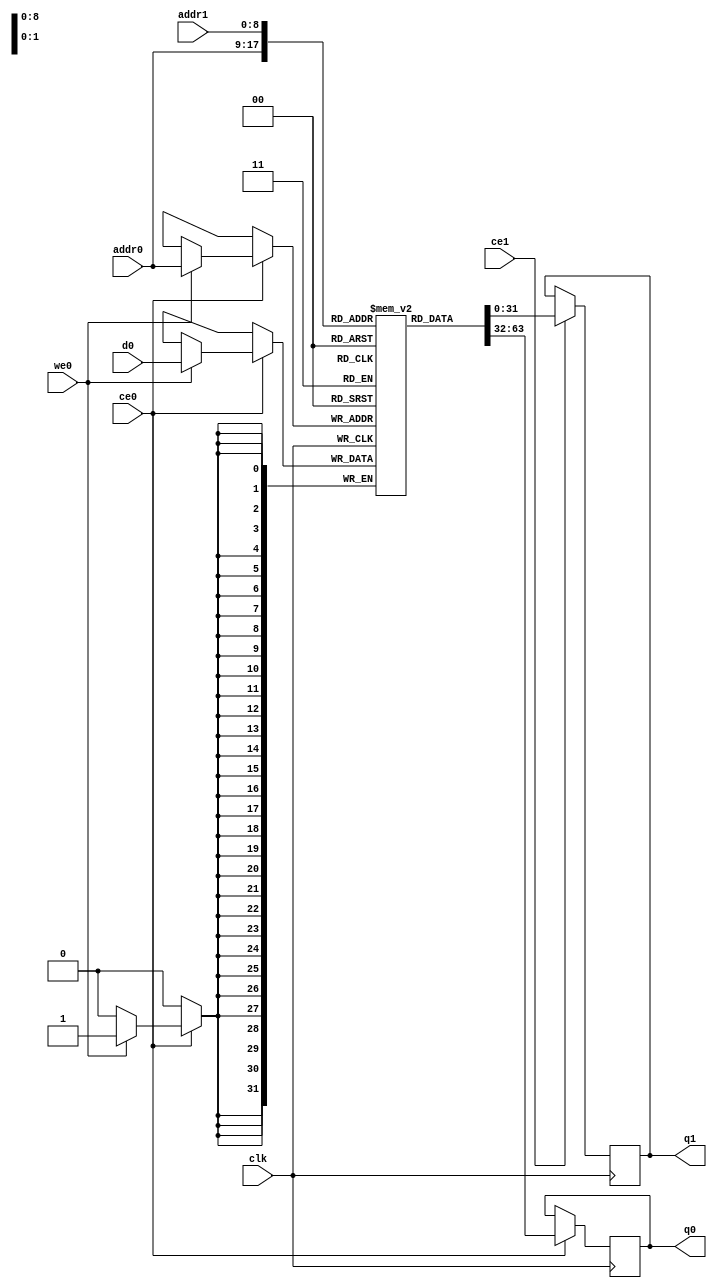
// ==============================================================
// Vitis HLS - High-Level Synthesis from C, C++ and OpenCL v2020.2 (64-bit)
// Copyright 1986-2020 Xilinx, Inc. All Rights Reserved.
// ==============================================================
`timescale 1 ns / 1 ps
module hls_xfft2real_descramble_buf_0_M_real_V_memcore_ram (addr0, ce0, d0, we0, q0, addr1, ce1, q1,  clk);

parameter DWIDTH = 32;
parameter AWIDTH = 9;
parameter MEM_SIZE = 512;

input[AWIDTH-1:0] addr0;
input ce0;
input[DWIDTH-1:0] d0;
input we0;
output reg[DWIDTH-1:0] q0;
input[AWIDTH-1:0] addr1;
input ce1;
output reg[DWIDTH-1:0] q1;
input clk;

reg [DWIDTH-1:0] ram[0:MEM_SIZE-1];




always @(posedge clk)  
begin 
    if (ce0) begin
        if (we0) 
            ram[addr0] <= d0; 
        q0 <= ram[addr0];
    end
end


always @(posedge clk)  
begin 
    if (ce1) begin
        q1 <= ram[addr1];
    end
end


endmodule

`timescale 1 ns / 1 ps
module hls_xfft2real_descramble_buf_0_M_real_V_memcore(
    reset,
    clk,
    address0,
    ce0,
    we0,
    d0,
    q0,
    address1,
    ce1,
    q1);

parameter DataWidth = 32'd32;
parameter AddressRange = 32'd512;
parameter AddressWidth = 32'd9;
input reset;
input clk;
input[AddressWidth - 1:0] address0;
input ce0;
input we0;
input[DataWidth - 1:0] d0;
output[DataWidth - 1:0] q0;
input[AddressWidth - 1:0] address1;
input ce1;
output[DataWidth - 1:0] q1;



hls_xfft2real_descramble_buf_0_M_real_V_memcore_ram hls_xfft2real_descramble_buf_0_M_real_V_memcore_ram_U(
    .clk( clk ),
    .addr0( address0 ),
    .ce0( ce0 ),
    .we0( we0 ),
    .d0( d0 ),
    .q0( q0 ),
    .addr1( address1 ),
    .ce1( ce1 ),
    .q1( q1 ));

endmodule